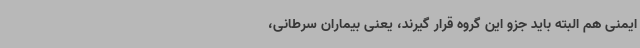
ایمنی هم البته باید جزو این گروه قرار گیرند، یعنی بیماران سرطانی،